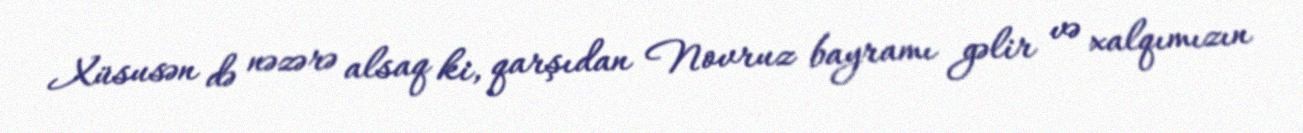
Xüsusən də nəzərə alsaq ki, qarşıdan Novruz bayramı gəlir və xalqımızın